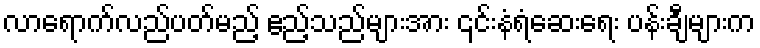
လာရောက်လည်ပတ်မည့် ဧည့်သည်များအား ၎င်းနံရံဆေးရေး ပန်းချီများက